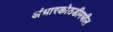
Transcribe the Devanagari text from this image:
अंधारकोठडीमधील